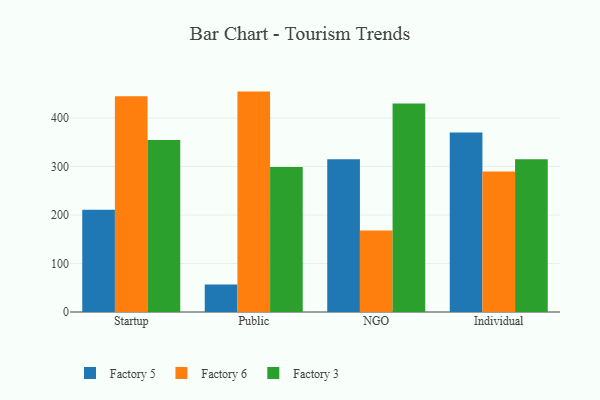
{"axis": {"x": "Segment", "y": "Budget (USD K)"}, "legend": ["Factory 3", "Factory 5", "Factory 6"], "data": [{"x": "Startup", "y": 210.8, "type": "Factory 5"}, {"x": "Startup", "y": 445.2, "type": "Factory 6"}, {"x": "Startup", "y": 354.7, "type": "Factory 3"}, {"x": "Public", "y": 56.6, "type": "Factory 5"}, {"x": "Public", "y": 454.7, "type": "Factory 6"}, {"x": "Public", "y": 299.4, "type": "Factory 3"}, {"x": "NGO", "y": 315.2, "type": "Factory 5"}, {"x": "NGO", "y": 167.9, "type": "Factory 6"}, {"x": "NGO", "y": 430.0, "type": "Factory 3"}, {"x": "Individual", "y": 370.5, "type": "Factory 5"}, {"x": "Individual", "y": 289.8, "type": "Factory 6"}, {"x": "Individual", "y": 314.9, "type": "Factory 3"}]}